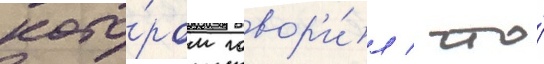
кото́ром говор'и́л / что́